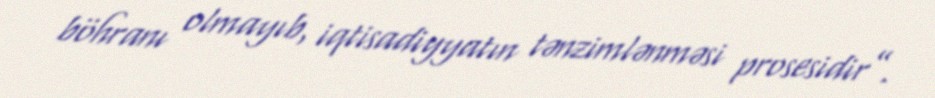
böhranı olmayıb, iqtisadiyyatın tənzimlənməsi prosesidir”.